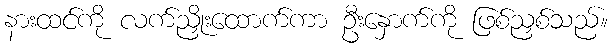
နားထင်ကို လက်ညှိုးထောက်ကာ ဦးနှောက်ကို ဖြစ်ညှစ်သည်။